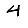
Digit: 4